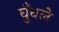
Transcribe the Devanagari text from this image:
घुँधले